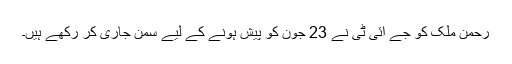
رحمن ملک کو جے آئی ٹی نے 23 جون کو پیش ہونے کے لیے سمن جاری کر رکھے ہیں۔